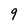
Character: g